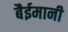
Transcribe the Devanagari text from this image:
बैईमानी